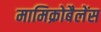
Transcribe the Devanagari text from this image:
मामिक्रोबैलेंस